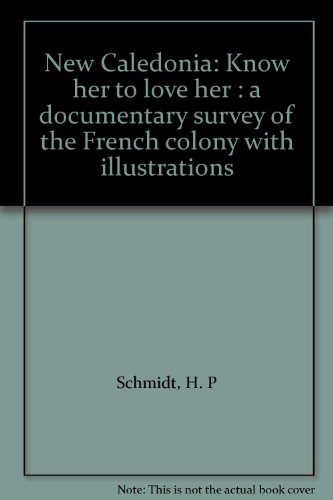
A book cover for New Caledonia: Know her to love her : a documentary survey of the French colony with illustrations; H. P Schmidt; Travel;